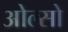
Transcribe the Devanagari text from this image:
ओल्सो